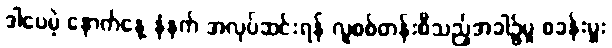
ဒါပေမဲ့ နောက်နေ့ နံနက် အလုပ်ဆင်းရန် လူစစ်တန်းစီသည့်အခါ၌မူ စခန်းမှူး